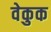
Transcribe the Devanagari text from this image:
वेकुक